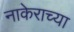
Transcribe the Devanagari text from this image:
नाकेराच्या